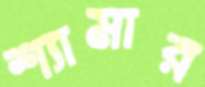
শ্যামার